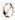
0